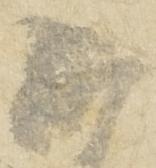
候